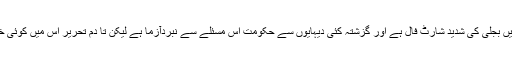
اس میں کوئی شک نہیں کہ ہمارے ملک میں بجلی کی شدید شارٹ فال ہے اور گزشتہ کئی دیہایوں سے حکومت اس مسئلے سے نبردآزما ہے لیکن تا دم تحریر اس میں کوئی خاطر خواہ کامیابی حاصل نہیں کی جاسکی۔